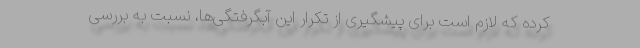
کرده که لازم است برای پیشگیری از تکرار این آبگرفتگی‌ها، نسبت به بررسی